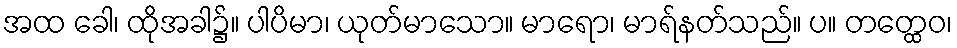
အထ ခေါ၊ ထိုအခါ၌။ ပါပိမာ၊ ယုတ်မာသော။ မာရော၊ မာရ်နတ်သည်။ ပ။ တတ္ထေဝ၊